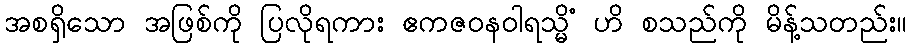
အစရှိသော အဖြစ်ကို ပြလိုရကား ဧကဇဝနဝါရသ္မိံ ဟိ စသည်ကို မိန့်သတည်း။